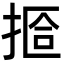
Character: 𫽆